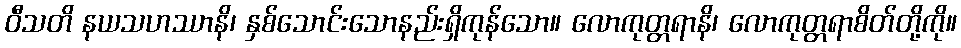
ဝီသတိ နယသဟဿာနိ၊ နှစ်သောင်းသောနည်းရှိကုန်သော။ လောကုတ္တရာနိ၊ လောကုတ္တရာစိတ်တို့ကို။